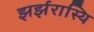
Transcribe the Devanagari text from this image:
झर्झरास्थि